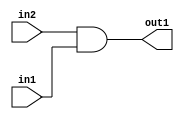
`timescale 1ps / 1ps
/*****************************************************************************
    Verilog RTL Description
    
    
    Created by: Stratus DpOpt 2019.1.01 
*******************************************************************************/

module SobelFilter_And_1Ux1U_1U_1 (
	in2,
	in1,
	out1
	); /* architecture "behavioural" */ 
input  in2,
	in1;
output  out1;
wire  asc001;

assign asc001 = 
	(in2)
	&(in1);

assign out1 = asc001;
endmodule

/* CADENCE  urf2SgE= : u9/ySgnWtBlWxVPRXgAZ4Og= ** DO NOT EDIT THIS LINE ******/